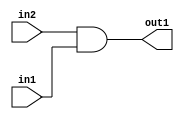
`timescale 1ps / 1ps
/*****************************************************************************
    Verilog RTL Description
    
    
    Created by: Stratus DpOpt 2019.1.01 
*******************************************************************************/

module SobelFilter_And_1Ux1U_1U_1 (
	in2,
	in1,
	out1
	); /* architecture "behavioural" */ 
input  in2,
	in1;
output  out1;
wire  asc001;

assign asc001 = 
	(in2)
	&(in1);

assign out1 = asc001;
endmodule

/* CADENCE  urf2SgE= : u9/ySgnWtBlWxVPRXgAZ4Og= ** DO NOT EDIT THIS LINE ******/